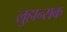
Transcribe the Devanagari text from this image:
लुहान्सक